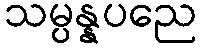
သမ္ပန္နပညေ